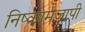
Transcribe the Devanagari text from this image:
निष्कामजापी